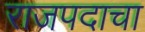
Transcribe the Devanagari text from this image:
राजपदाचा